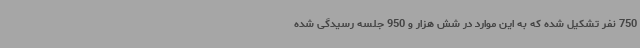
750 نفر تشکیل شده که به این موارد در شش هزار و 950 جلسه رسیدگی شده